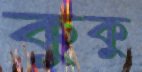
কুকু